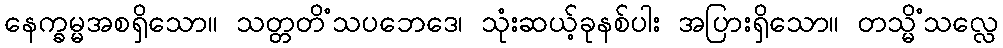
နေက္ခမ္မအစရှိသော။ သတ္တတိံသပဘေဒေ၊ သုံးဆယ့်ခုနစ်ပါး အပြားရှိသော။ တသ္မိံသလ္လေ